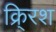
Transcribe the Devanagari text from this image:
क्र्रिश